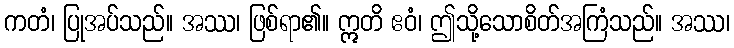
ကတံ၊ ပြုအပ်သည်။ အဿ၊ ဖြစ်ရာ၏။ ဣတိ ဧဝံ၊ ဤသို့သောစိတ်အကြံသည်။ အဿ၊